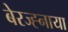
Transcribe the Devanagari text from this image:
बेरज्ह्नाया